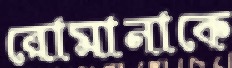
রোমানাকে